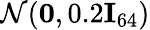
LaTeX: \mathcal{N}(\mathbf{0},0.2\mathbf{I}_{64})